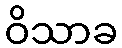
ဝိသာခ